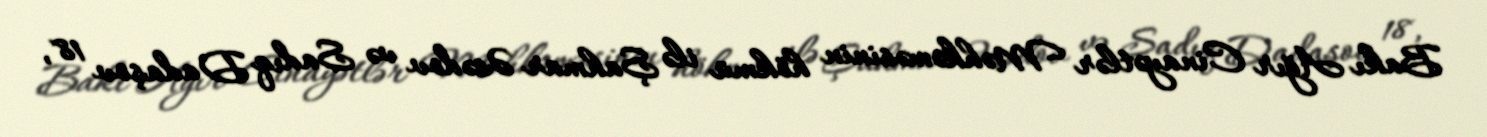
Bakı Ağır Cinayətlər Məhkəməsinin hökmü ilə Şahmar Əsədov və Sadıq Dadaşov 18,